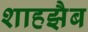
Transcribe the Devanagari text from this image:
शाहझैब